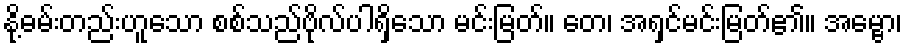
နို့ဓမ်းတည်းဟူသော စစ်သည်ဗိုလ်ပါရှိသော မင်းမြတ်။ တေ၊ အရှင်မင်းမြတ်၏။ အမ္ဗော၊